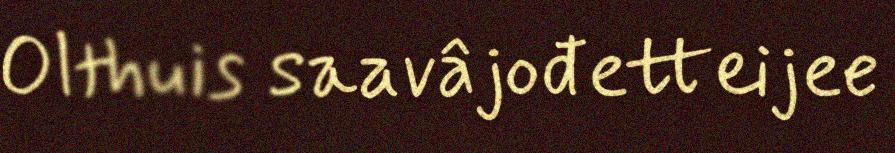
Olthuis saavâjođetteijee